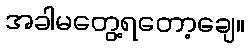
အခါမတွေ့ရတော့ချေ။